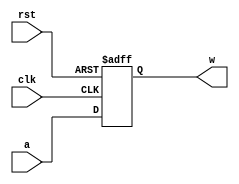
module Reg5bits(clk, rst, a, w);
	input [4:0] a;
	input clk, rst;
	output reg [4:0] w;
	always @(posedge clk, posedge rst)
	begin
		if(rst == 1) w = 5'b0;
		else w <= a;
	end
endmodule